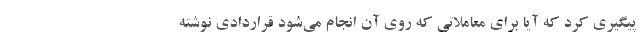
پیگیری کرد که آیا برای معاملاتی که روی آن انجام می‌شود قراردادی نوشته